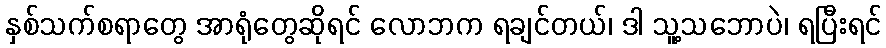
နှစ်သက်စရာတွေ အာရုံတွေဆိုရင် လောဘက ရချင်တယ်၊ ဒါ သူ့သဘောပဲ၊ ရပြီးရင်